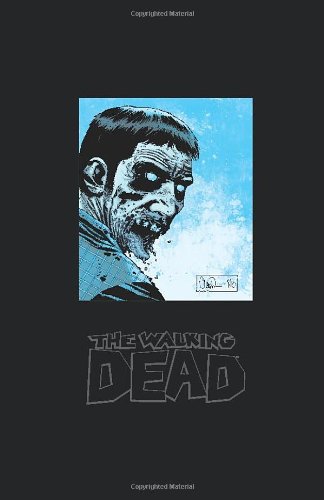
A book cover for The Walking Dead Omnibus Volume 3; Robert Kirkman; Comics & Graphic Novels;